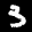
Label: 3